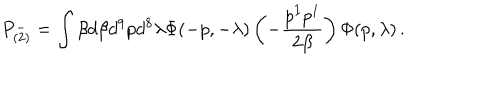
P _ { ( 2 ) } ^ { - } = \int \beta d \beta d ^ { 9 } p d ^ { 8 } \lambda \Phi ( - p , - \lambda ) \left( - \frac { p ^ { I } p ^ { I } } { 2 \beta } \right) \Phi ( p , \lambda ) \, .